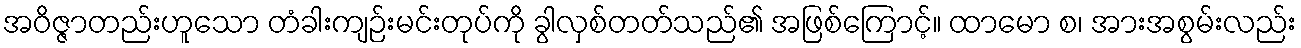
အဝိဇ္ဇာတည်းဟူသော တံခါးကျဉ်းမင်းတုပ်ကို ခွါလှစ်တတ်သည်၏ အဖြစ်ကြောင့်။ ထာမော စ၊ အားအစွမ်းလည်း